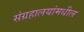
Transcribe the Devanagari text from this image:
संग्रहालयांमधील